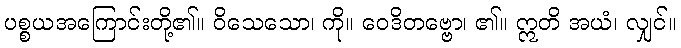
ပစ္စယအကြောင်းတို့၏။ ဝိသေသော၊ ကို။ ဝေဒိတဗ္ဗော၊ ၏။ ဣတိ အယံ၊ လျှင်။